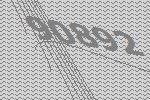
90892